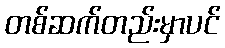
တစ်ဆက်တည်းမှာပင်